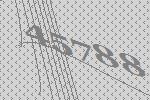
45788